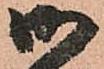
御